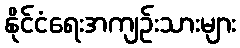
နိုင်ငံရေးအကျဉ်းသားများ